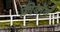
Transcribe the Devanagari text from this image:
फ्रीबॉर्न